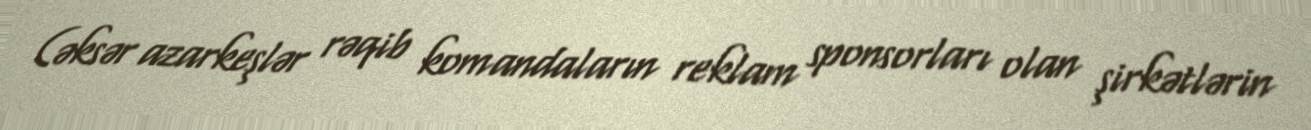
(əksər azarkeşlər rəqib komandaların reklam sponsorları olan şirkətlərin